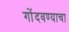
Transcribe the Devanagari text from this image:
गोंदवण्याचा